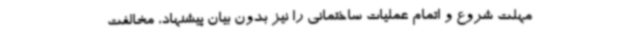
مهلت شروع و اتمام عملیات ساختمانی را نیز بدون بیان پیشنهاد، مخالفت